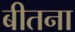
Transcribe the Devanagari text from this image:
बीतना